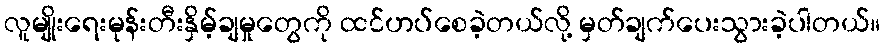
လူမျိုးရေးမုန်းတီးနှိမ့်ချမှုတွေကို ထင်ဟပ်စေခဲ့တယ်လို့ မှတ်ချက်ပေးသွားခဲ့ပါတယ်။